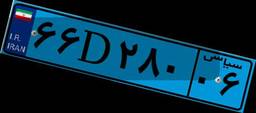
۲۰D۷۵۲۴۳